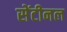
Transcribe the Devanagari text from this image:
सेंटीनल